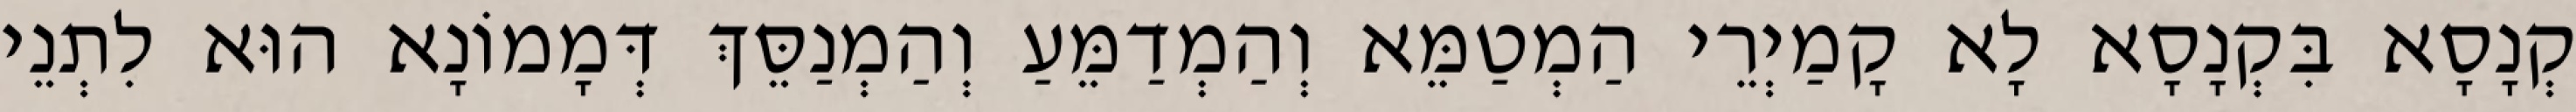
קְנָסָא בִּקְנָסָא לָא קָמַיְרֵי הַמְטַמֵּא וְהַמְדַמֵּעַ וְהַמְנַסֵּךְ דְּמָמוֹנָא הוּא לִתְנֵי